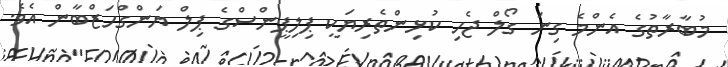
މުބާރާތުގެ އެންމެ ގިނަ ގޯލް ޖެހި ކުޅިންތެރިޔަކީ ޕިލިޕީންސްގެ ޕިލް ޔަންގްހަޒްބާން އެވެ.